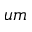
u m